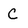
Character: C